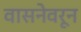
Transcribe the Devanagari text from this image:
वासनेवरून